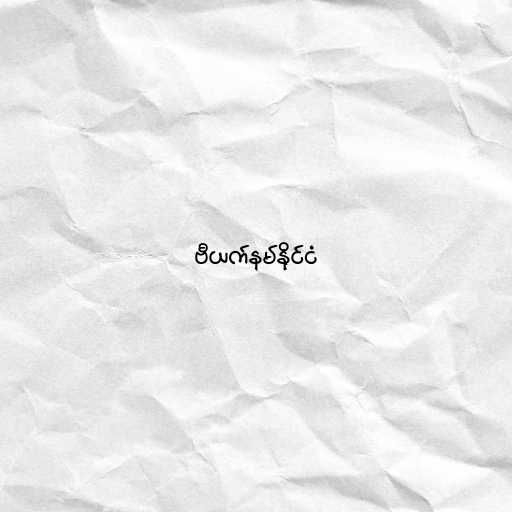
ဗီယက်နမ်နိုင်ငံ